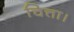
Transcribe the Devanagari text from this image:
चित्ता।